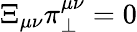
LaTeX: \Xi_{\mu\nu}\pi_{\perp}^{\mu\nu}=0